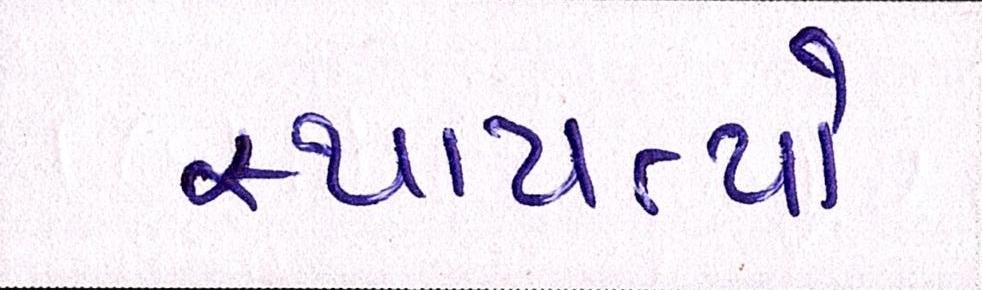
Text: સ્થાપત્યો